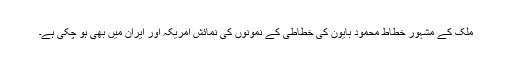
ملک کے مشہور خطاط محمود بایون کی خطاطی کے نمونوں کی نمائش امریکہ اور ایران میں بھی ہو چکی ہے۔